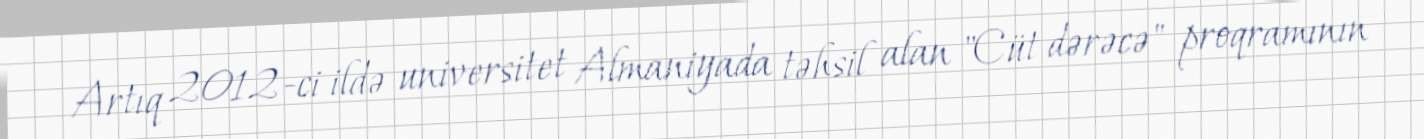
Artıq 2012-ci ildə universitet Almaniyada təhsil alan "Cüt dərəcə" proqramının